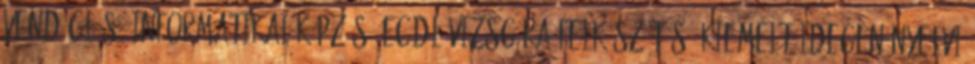
vendéglős, informatikai képzés, ecdl vizsgára felkészítés, kiemelt idegen nyelvi